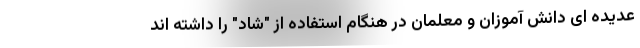
عدیده ای دانش آموزان و معلمان در هنگام استفاده از "شاد" را داشته اند